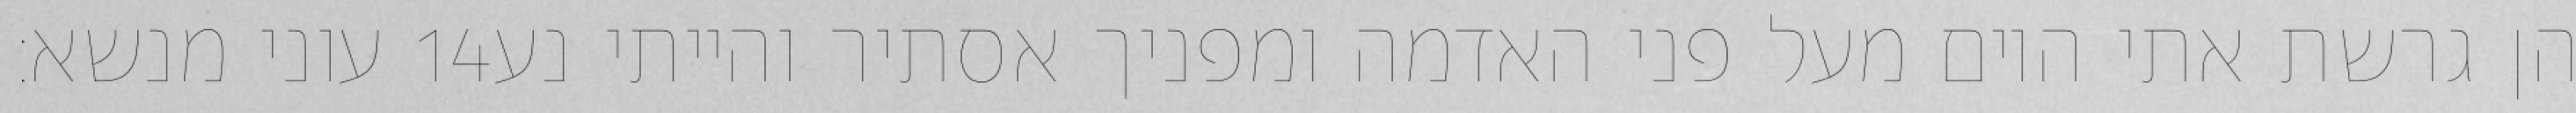
עוני מנשא׃ ‎14‏ הן גרשת אתי היום מעל פני האדמה ומפניך אסתיר והייתי נע